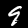
Digit: 9